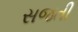
સજતી